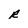
Character: R